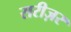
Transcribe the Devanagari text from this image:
सरीज़र